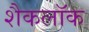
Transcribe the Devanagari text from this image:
शैकलॉक